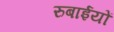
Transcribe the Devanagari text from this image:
रुबाईयों